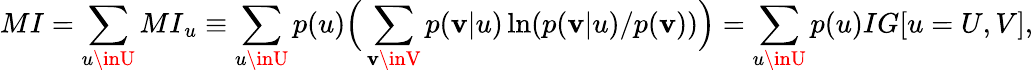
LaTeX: {MI}=\sum_{u\inU}{MI}_{u}\equiv\sum_{u\inU}p(u)\Big(\sum_{\mathbf{v}\inV}p(\mathbf{v}|u)\ln(p(\mathbf{v}|u)/p(\mathbf{v}))\Big)=\sum_{u\inU}p(u){IG}[u=U,V],